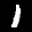
Label: 1